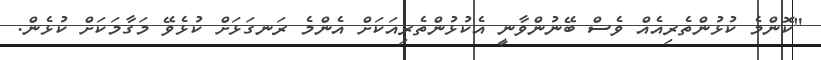
"ކޮންމެ ކުޅުންތެރިއެއް ވެސް ބޭނުންވާނީ އެކުޅުންތެރިއަކަށް އެންމެ ރަނގަޅަށް ކުޅެވޭ މަގާމަކަށް ކުޅެން.